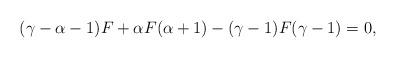
LaTeX: \begin{align*}(\gamma-\alpha-1)F+\alpha F(\alpha+1)-(\gamma-1)F(\gamma-1)=0,\end{align*}